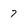
Character: 7